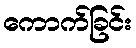
ကောက်ခြင်း